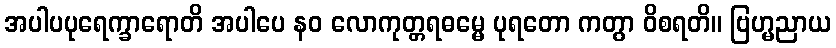
အပါပပုရေက္ခာရောတိ အပါပေ နဝ လောကုတ္တရဓမ္မေ ပုရတော ကတွာ ဝိစရတိ။ ဗြဟ္မညာယ